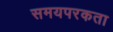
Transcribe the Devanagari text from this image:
समयपरकता